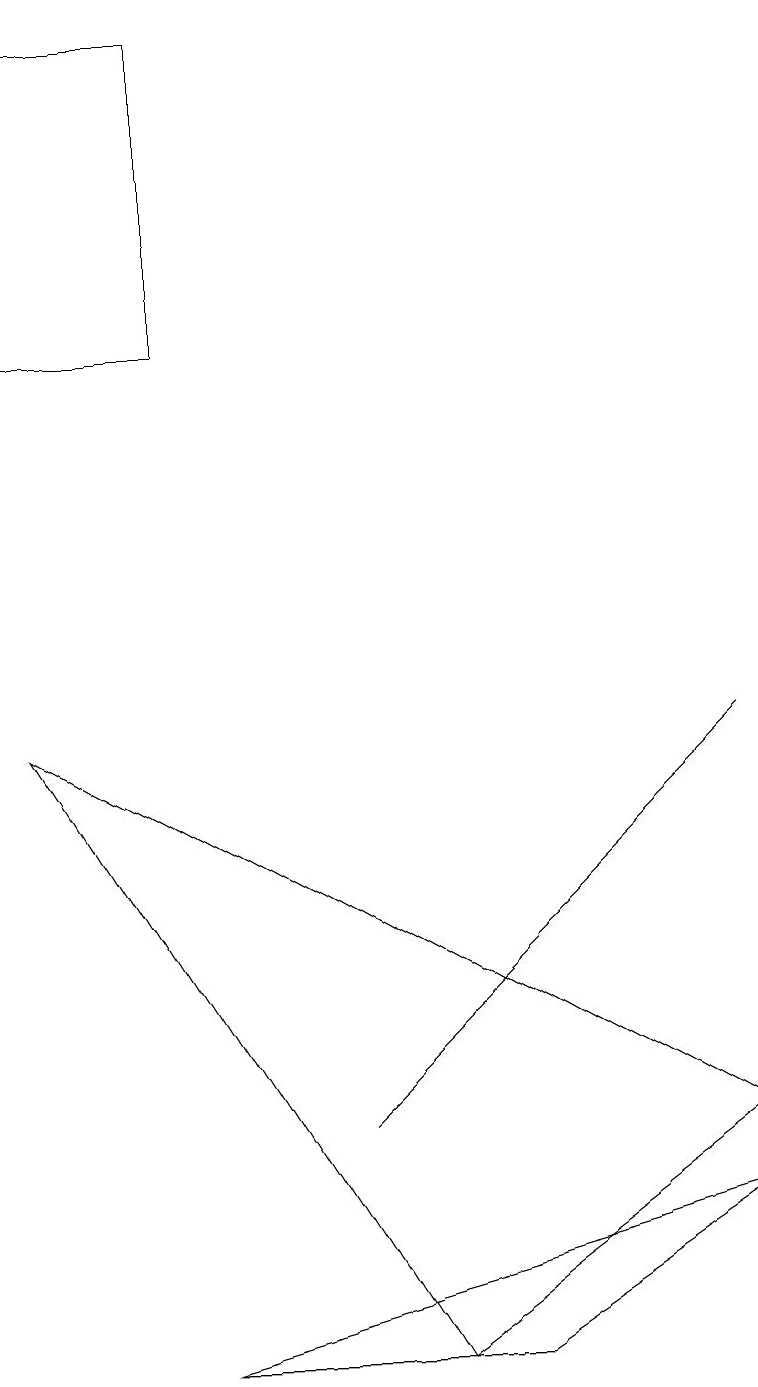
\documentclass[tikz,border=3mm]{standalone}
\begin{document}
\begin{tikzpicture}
\draw (2,17) rectangle (0,13);
\draw (2,0) -- (9,2) -- (6,0) -- cycle;
\draw (9,8) -- (8,7) -- (4,3) -- cycle;
\draw (5,0) -- (0,8) -- (9,3) -- cycle;
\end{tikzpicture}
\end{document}